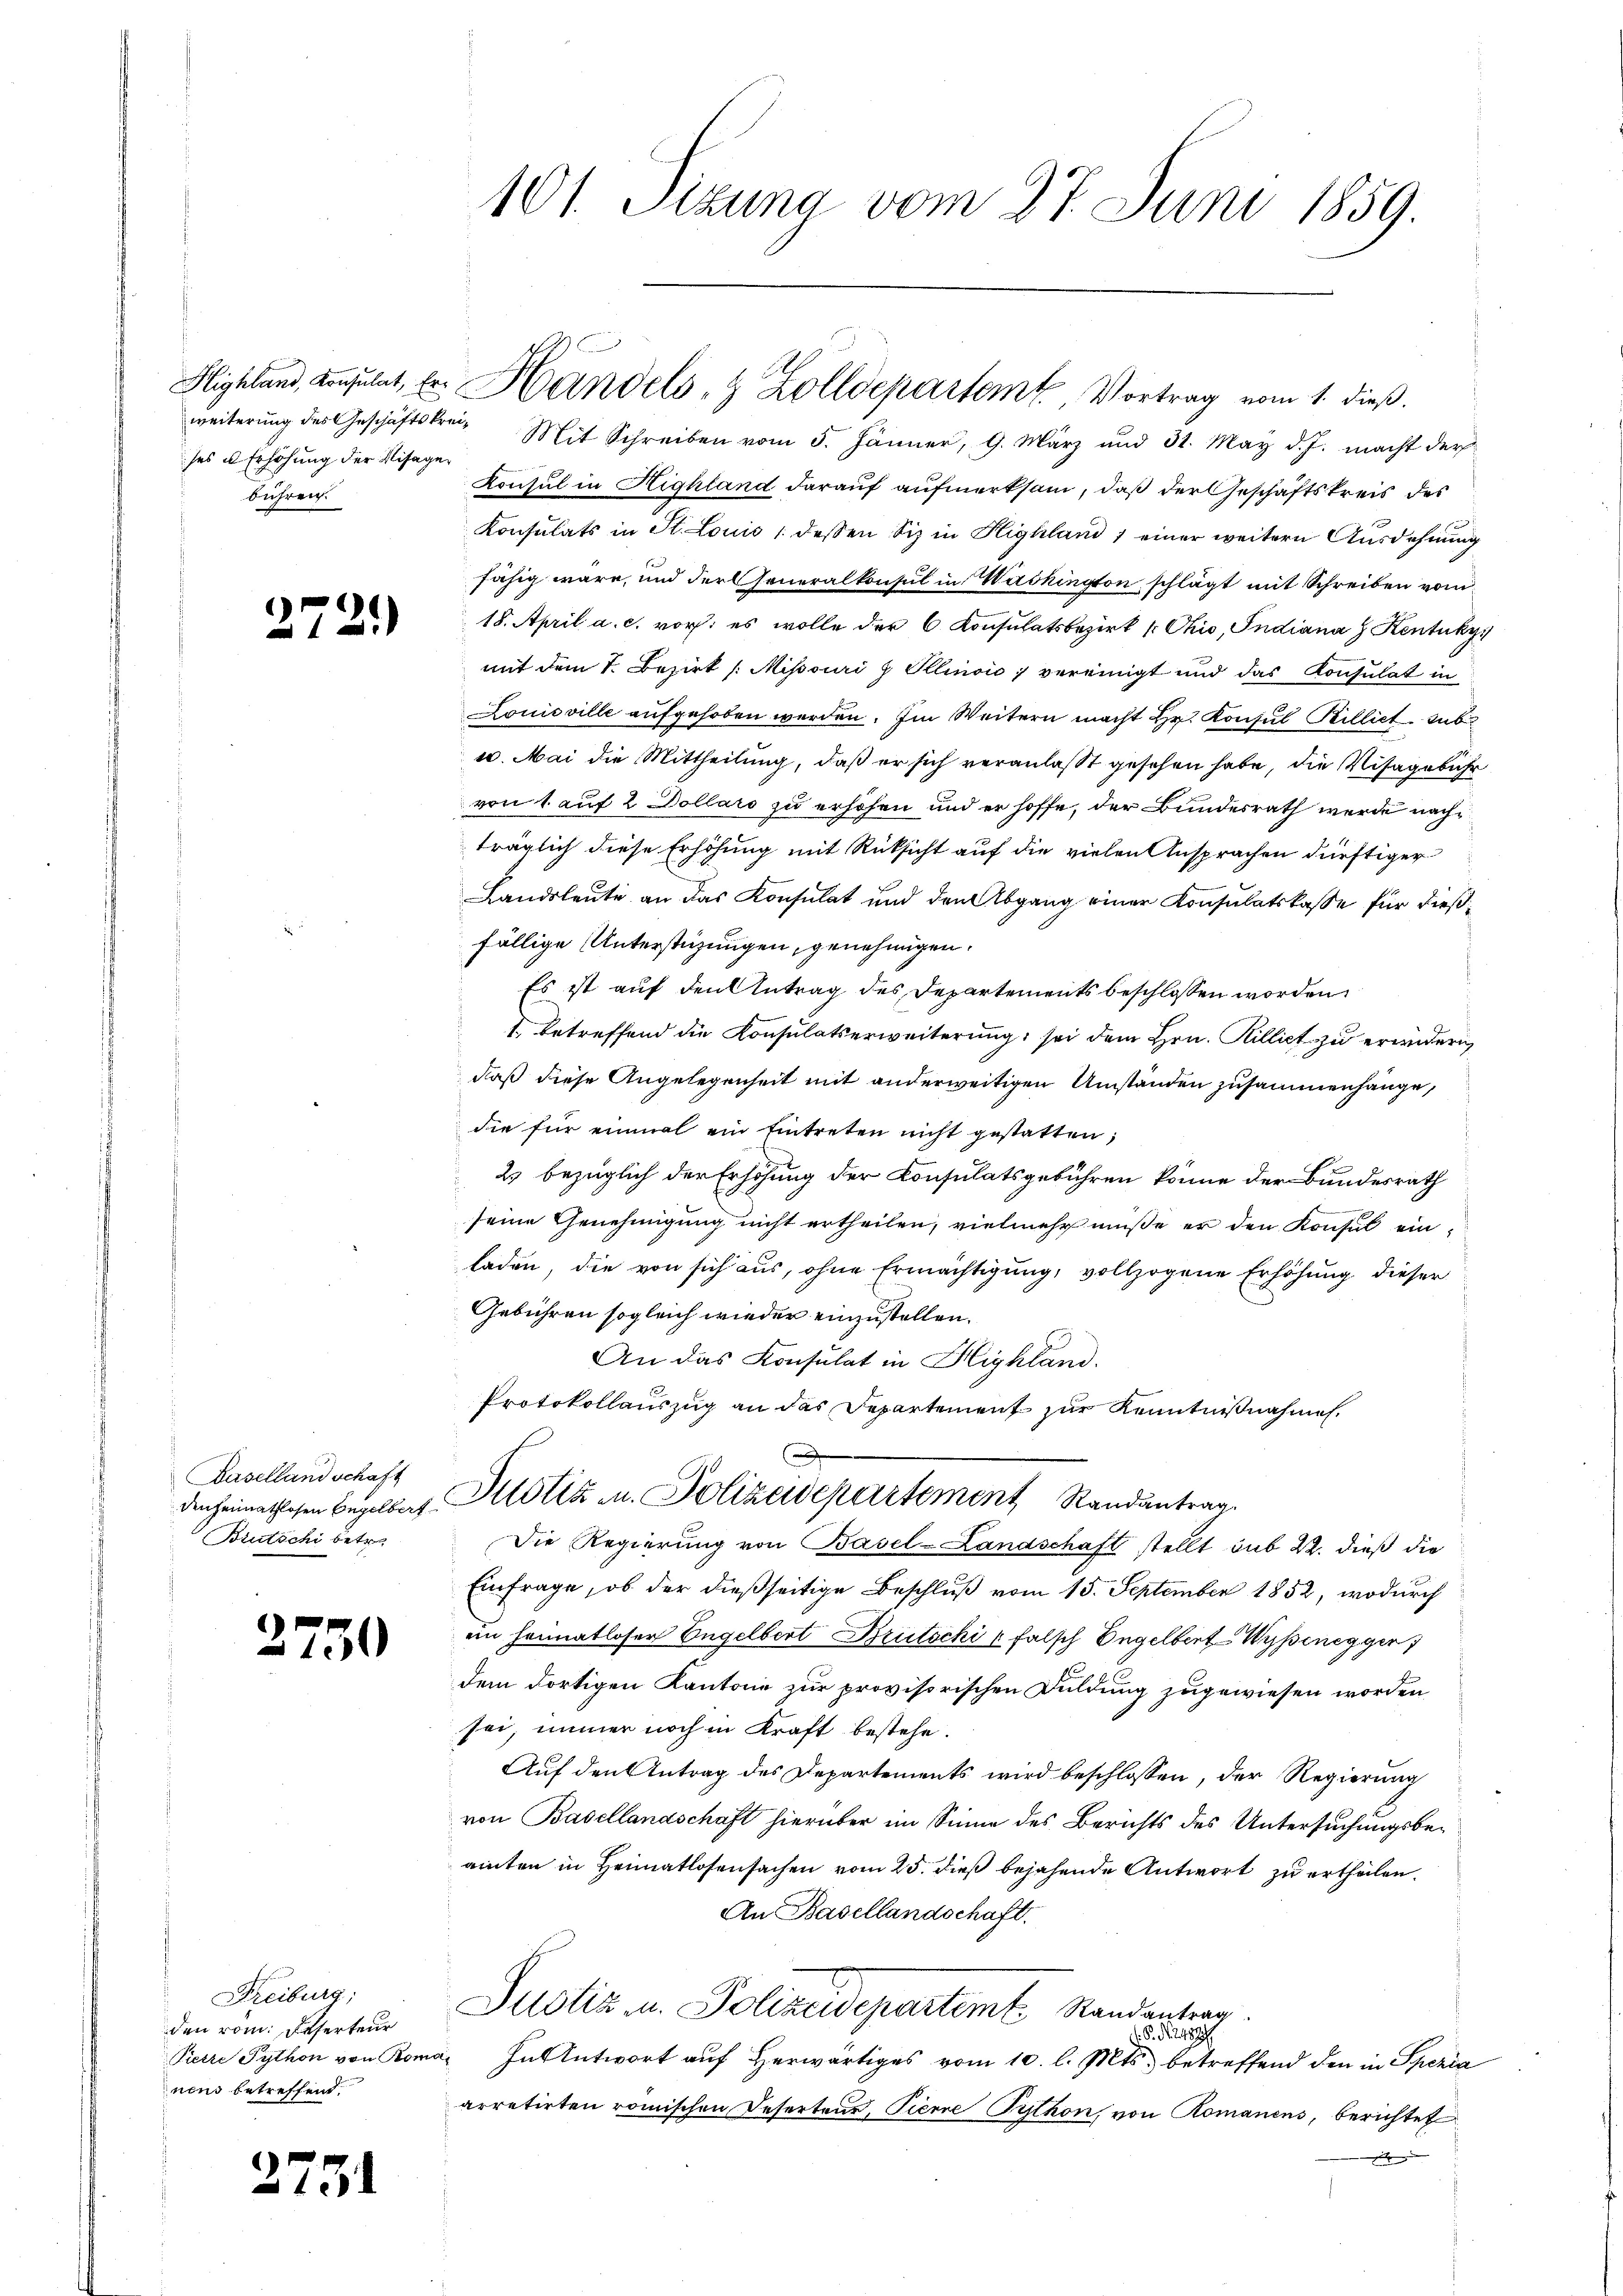
ses u Erhöhung der Visagen
bühren.

6
4

2750

2751

¬
.

Baselland schaft
denheimathlosen Engelbert
Brutschi betre

Freiburg,
den röm. Reserteur
Pietri Python von Roma
nens betreffend.

101 Sizung vom 27. Juni 1859.

weiterŭng des Geschäftskrei Mit Schreiben vom 5. Jänner, 9. März und 31. May d. J. macht der
Konsul in Highland darauf aufmerksam, daß der Geschäftskreis des
Konsulats in St. Louis 1 dessen Siz in Highland) einer weitern Ausdehnung
fähig wäre, und der Generalkonsul in Washington schlägt mit Schreiben vom
18. April a. c. vor: es wolle der 6 Konsulatsbezirk (Chio, Indiana z Kentuky
mit dem 1. Bezirk /: Missouri g Ellinois vereinigt und das Konsulat in
Louisville aufgehoben werden. Im Weitern macht Hr. Konsul Billiet sub
10. Mai die Mittheilung, daß er sich veranlaßt gesehen habe, die Visagebühr
von 1 auf 2 Dollars zu erhohen und er hoffe, der Bundesrath werde nachträglich diese Erhöhung mit Rüksicht auf die vielen Ansprachen dürftiger
Landsleute an das Konsulat und den Abgang einer Konsulatskasse für dießfällige Unterstüzungen, genehmigen.
Es ist auf den Antrag des Departements beschlossen worden,
1. betreffend die Konsulatserweiterung sei dem Hrn. Killiet zu erändern
daß diese Angelegenheit mit anderweitigen Umständen zusammenhänge,
die für einmal ein Eintreten nicht gestatten;
2. bezüglich der Erhöhung der Consulatsgebühren könne der Bundesrath
seine Genehmigung nicht ertheilen, vielmehr müße er den Konsul ein-
laden, die von sich aus, ohne Ermächtigung, vollzogene Erhöhung dieser
Gebühren sogleich wieder einzustellen.
An das Konsulat in Highland.
Protokollauszug an das Departement zur Kenntnißnahmen.
Justiz u. Polizeidepartement Randantrag
Die Regierung von Basel-Landschaft stellt sub 22. dieß die
Einfrage, ob der dießseitige Beschluß vom 15. September 1852, wodurch
en Heimatloser Engelbert Brutschi u falsch Engelbert-Wypinegger,
dem dortigen Kantone zur provisorischen Duldung zugewiesen worden
sei, immer noch in Kraft bestehe.
Auf den Antrag des Departements wird beschlossen, der Regierung
von Basellandschaft hierüber im Sinne des Berichts des Untersuchungsbeamten in Heimatlosensachen vom 25. dieß bejahende Antwort zu ertheilen.
An Basellandschaft.
Justiz u. Polizeidepartemt. Randantrag
.P. Nr. 248
u. In Antwort auf herwärtiges vom 10. l. Mts. betreffend den in Spezia
arretirten römischen Deserteur, Tierne Prithon von Romanens, berichtet

Highland, Konsulat, er Handels- & Zolldepartem Vortrag vom 1. dieß.